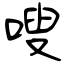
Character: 嗖